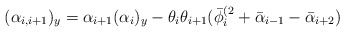
\begin{align*}(\alpha_{i,i+1})_y=\alpha_{i+1}(\alpha_i)_y-\theta_i\theta_{i+1}(\bar \phi^{(2}_i+\bar \alpha_{i-1}-\bar \alpha_{i+2})\end{align*}